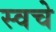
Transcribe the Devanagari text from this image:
स्वचे